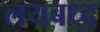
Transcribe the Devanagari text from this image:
लयबध्द